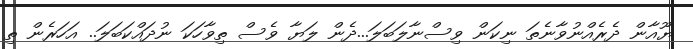
ޔޫއާން ދެރެއްނުވާނެތަ ނިކަން ވިސްނާލަބަލަ...ދެން ލަޔާ ވެސް ތިވާހަކަ ނުދައްކަބަލަ.. އަހަރެން ތި